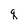
Character: q